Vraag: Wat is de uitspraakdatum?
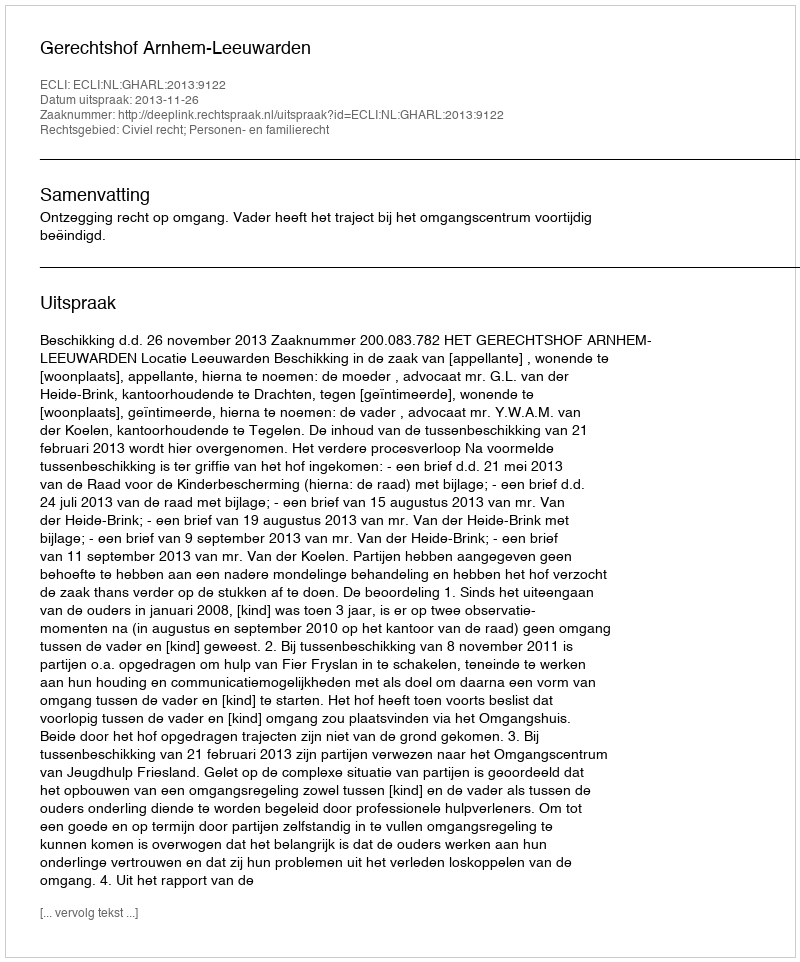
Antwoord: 2013-11-26